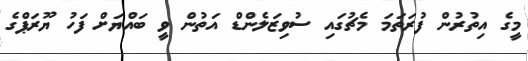
މީގެ އިތުރުން ފުރަތަމަ މެޗުގައި ސުވިޒަލެންޑް އަތުން ވީ ބައްޔަށް ފަހު ޔޫރަޕްގެ